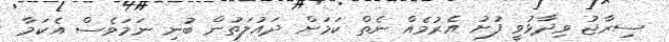
ސިރާޖު ވިދާޅުވީ ފުށު އެރުމެއް ނެތް ކަމަށް ދައުލަތުން ބުނި ނަމަވެސް އެކަމާ